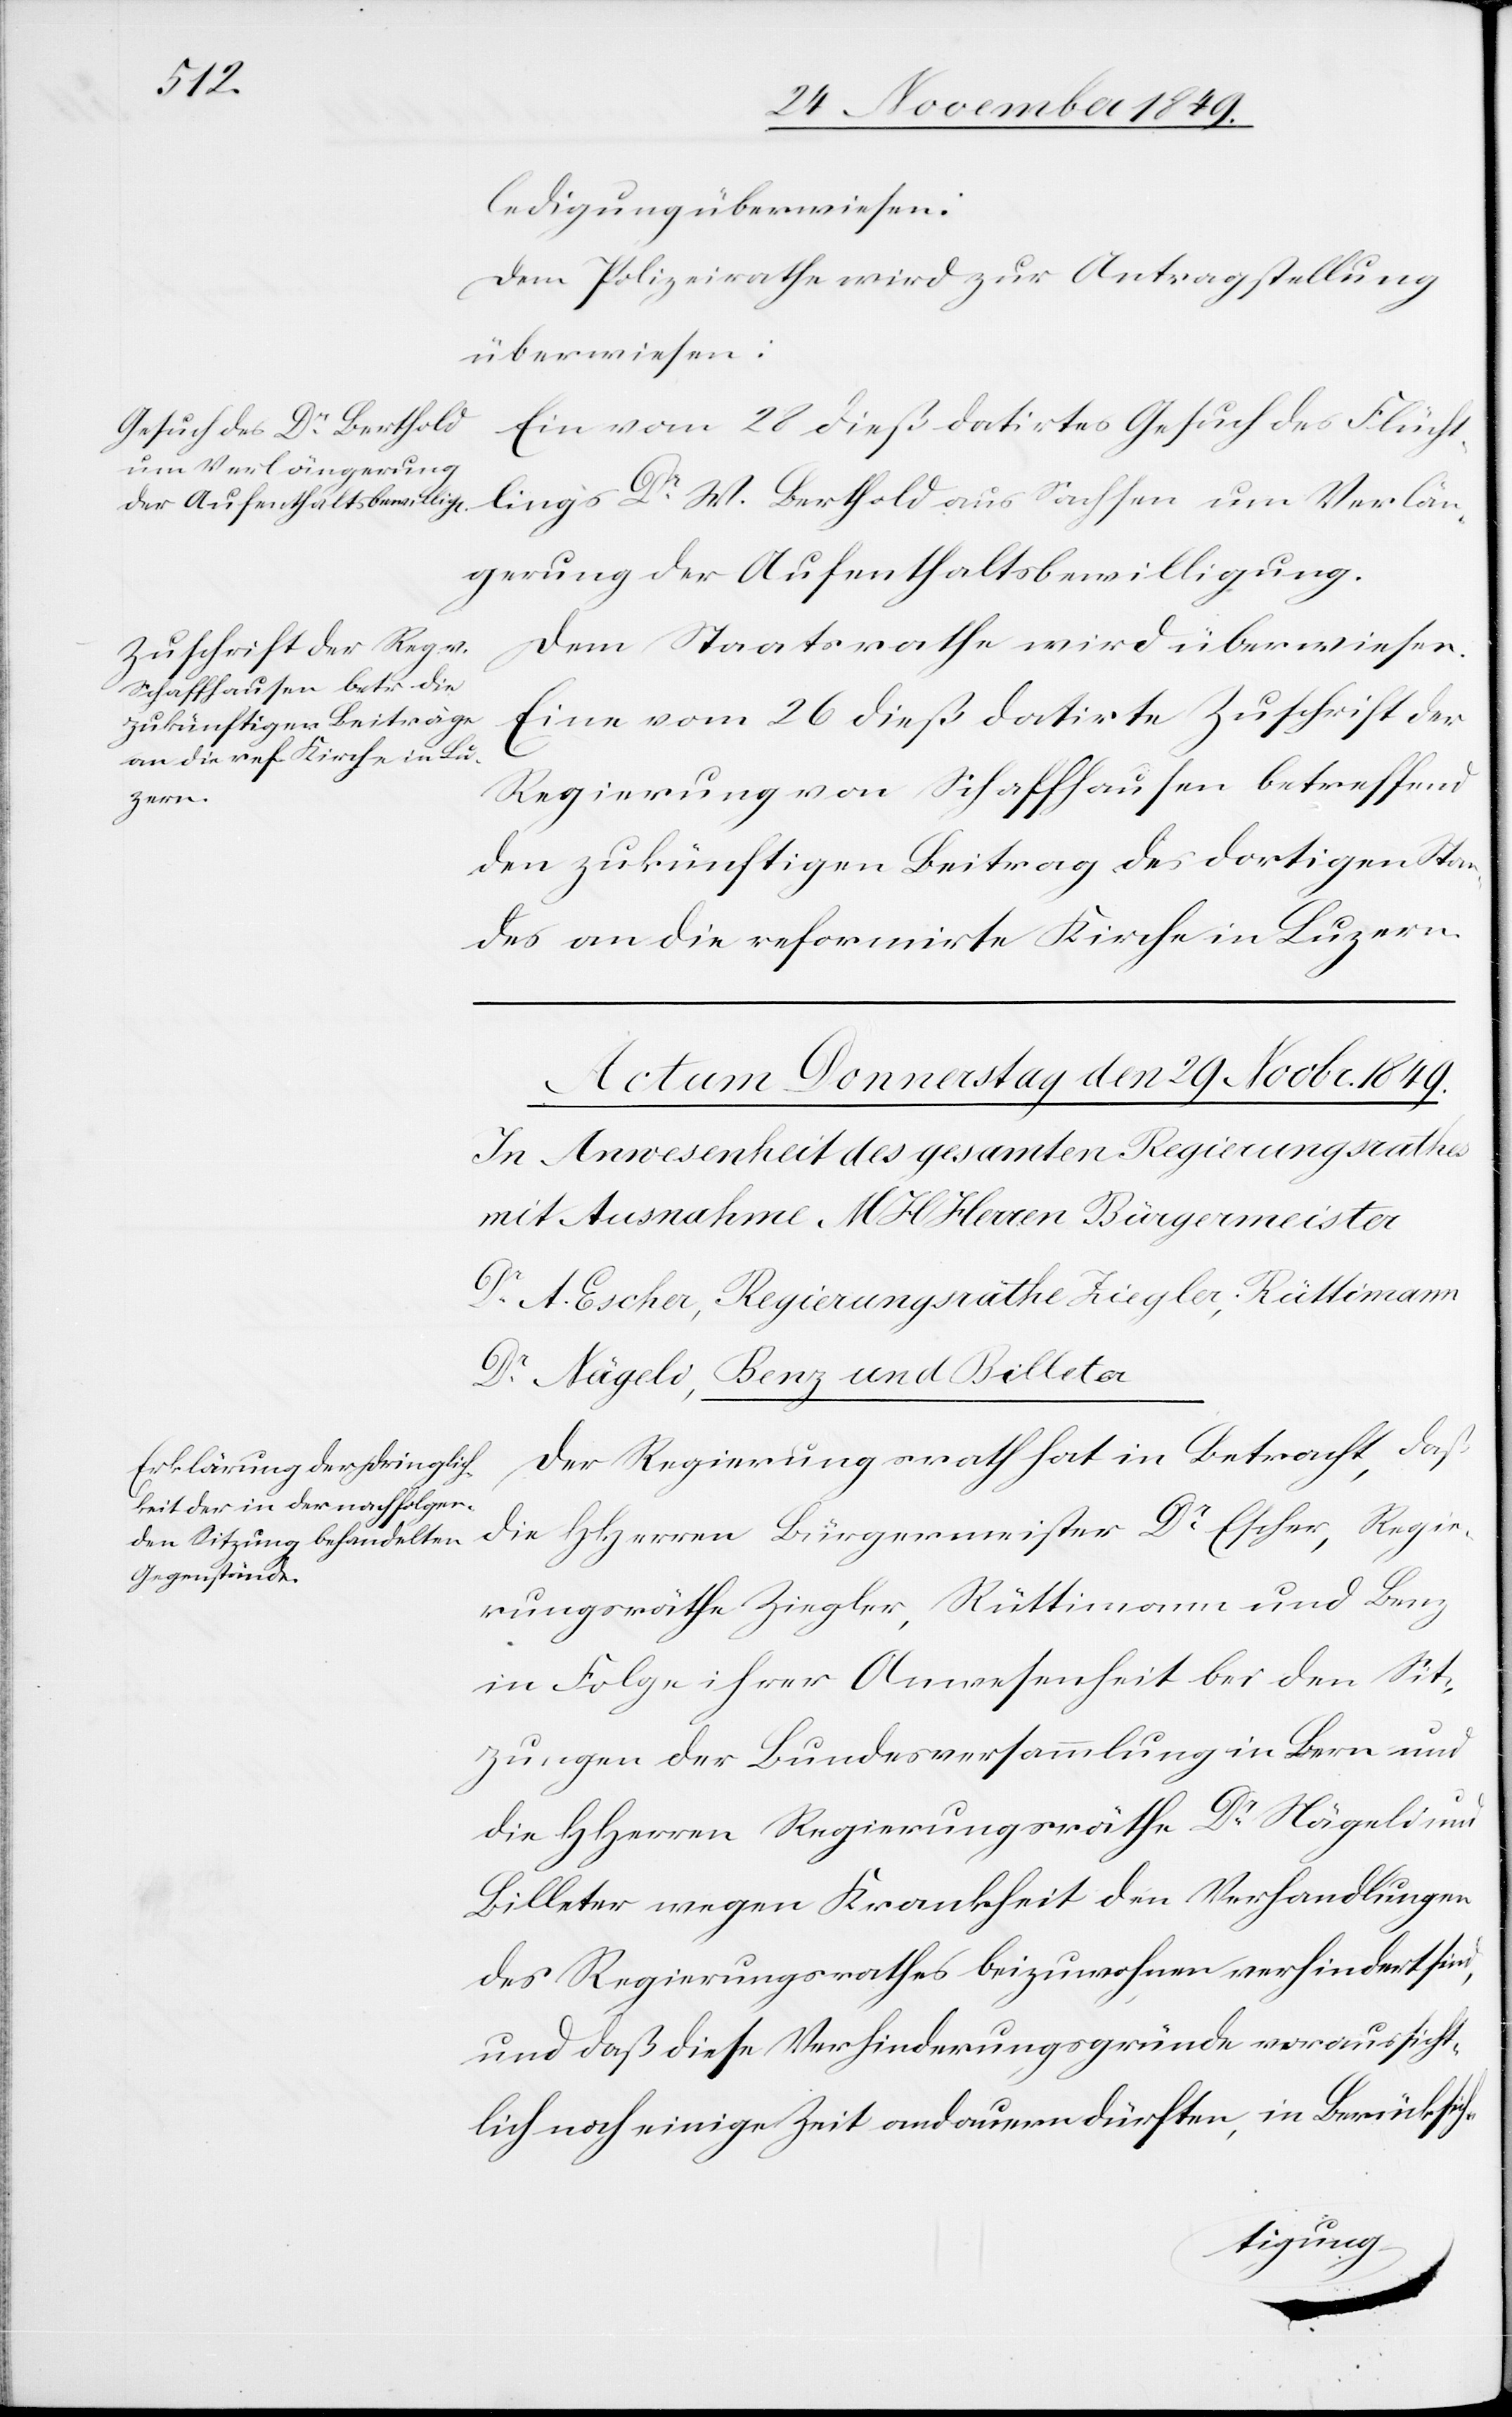
den

28 November 1849.]
ledigung überwiesen.
Dem Polizeirathe wird zur Antragstellung
überwiesen:
Ein vom 28 dieß datirtes Gesuch des Flücht¬
lings Dr W. Berthold aus Sachsen um Verlän¬
gerung der Aufenthaltsbewilligung.
Dem Staatsrathe wird überwiesen:
Eine vom 26 dieß datirte Zuschrift der
Regierung von Schaffhausen betreffend
den zukünftigen Beitrag des dortigen Stan¬
des an die reformirte Kirche in Luzern.
Der Regierungsrath hat in Betracht, daß
die HHerrn Bürgermeister Dr Escher, Regie¬
rungsräthe Ziegler, Rüttimann und Benz
in Folge ihrer Abwesenheit bei den Sit¬
zungen der Bundesversammlung in Bern und
die HHerren Regierungsräthe Dr Nägeli und
Billeter wegen Krankheit den Verhandlungen
des Regierungsrathes beizuwohnen verhindert sind,
und daß diese Verhinderungsgründe voraussicht¬
lich noch einige Zeit andauern dürften, in Berücksich-